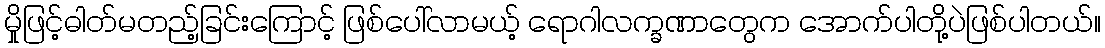
မှိုဖြင့်ဓါတ်မတည့်ခြင်းကြောင့် ဖြစ်ပေါ်လာမယ့် ရောဂါလက္ခဏာတွေက အောက်ပါတို့ပဲဖြစ်ပါတယ်။